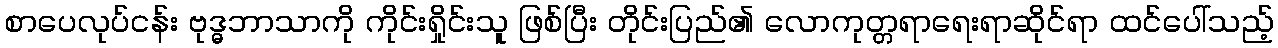
စာပေလုပ်ငန်း ဗုဒ္ဓဘာသာကို ကိုင်းရှိုင်းသူ ဖြစ်ပြီး တိုင်းပြည်၏ လောကုတ္တရာရေးရာဆိုင်ရာ ထင်ပေါ်သည့်